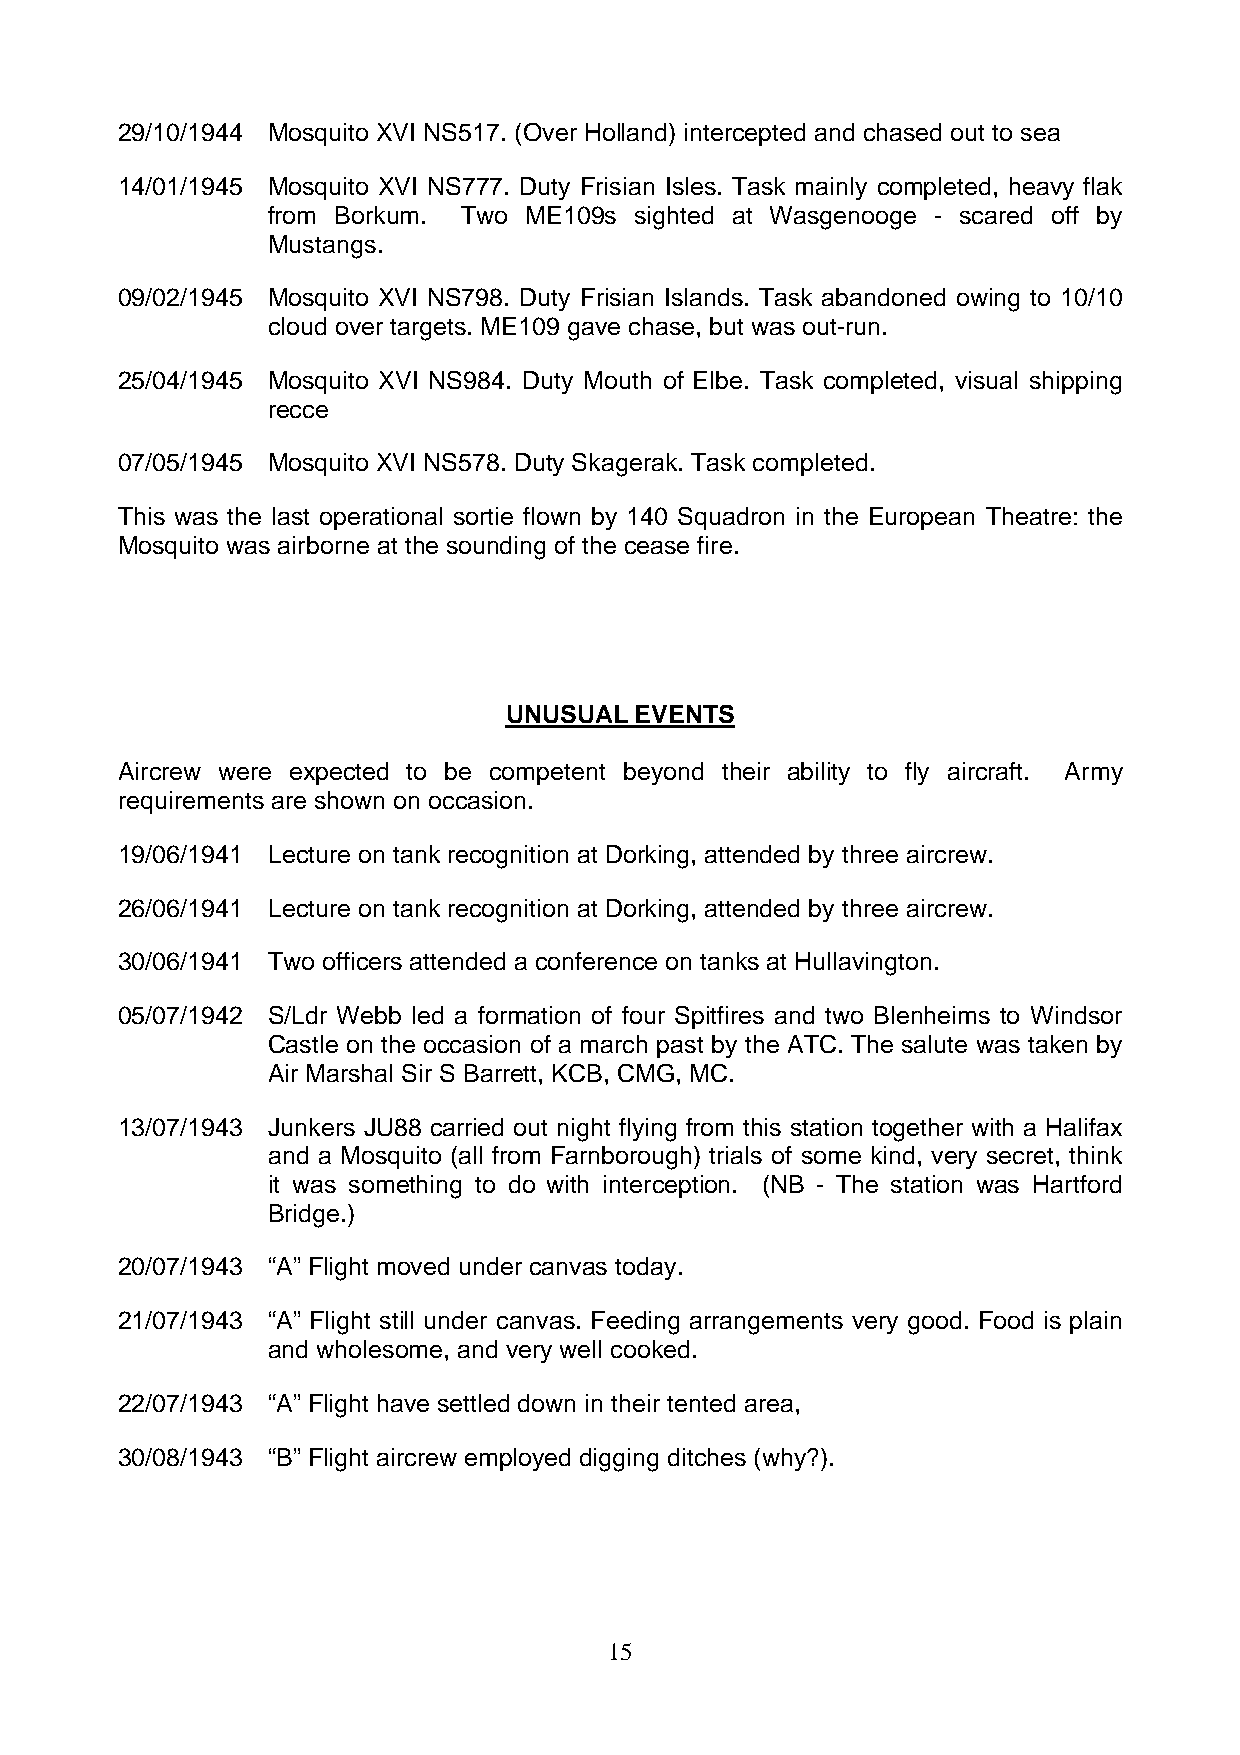
29/10/1944 Mosquito XVI NS517. (Over Holland) intercepted and chased out to sea
 14/01/1945 Mosquito XVI NS777. Duty Frisian Isles. Task mainly completed, heavy flak
 from Borkum. Two ME109s sighted at Wasgenooge - scared off by
 Mustangs.
 09/02/1945 Mosquito XVI NS798. Duty Frisian Islands. Task abandoned owing to 10/10
 cloud over targets. ME109 gave chase, but was out-run.
 25/04/1945 Mosquito XVI NS984. Duty Mouth of Elbe. Task completed, visual shipping
 recce
 07/05/1945 Mosquito XVI NS578. Duty Skagerak. Task completed.
 This was the last operational sortie flown by 140 Squadron in the European Theatre: the
 Mosquito was airborne at the sounding of the cease fire.
 UNUSUAL  EVENTS
 Aircrew were expected to be competent beyond their ability to fly aircraft. Army
 requirements are shown on occasion.
 19/06/1941 Lecture on tank recognition at Dorking, attended by three aircrew.
 26/06/1941 Lecture on tank recognition at Dorking, attended by three aircrew.
 30/06/1941 Two officers attended a conference on tanks at Hullavington.
 05/07/1942 S/Ldr Webb led a formation of four Spitfires and two Blenheims to Windsor
 Castle on the occasion of a march past by the ATC. The salute was taken by
 Air Marshal Sir S Barrett, KCB, CMG, MC.
 13/07/1943 Junkers JU88 carried out night flying from this station together with a Halifax
 and a Mosquito (all from Farnborough) trials of some kind, very secret, think
 it was something to do with interception. (NB - The station was Hartford
 Bridge.)
 20/07/1943 “A” Flight moved under canvas today.
 21/07/1943 “A” Flight still under canvas. Feeding arrangements very good. Food is plain
 and wholesome, and very well cooked.
 22/07/1943 “A” Flight have settled down in their tented area,
 30/08/1943 “B” Flight aircrew employed digging ditches (why?).
 15